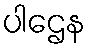
ပါဌေန